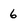
Character: 6